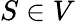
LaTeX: S\in V